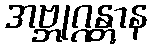
အဗ္ဘုဂ္ဂန္တွာန